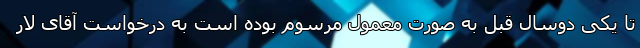
تا یکی دوسال قبل به صورت معمول مرسوم بوده است به درخواست آقای لار